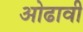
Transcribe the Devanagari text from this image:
ओढावी